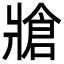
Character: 牄